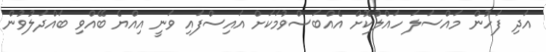
އަދި ފަހުން މައްސަލަ ހައްލުކޮށް އެއްބަސްވުމަކަށް އައިސްފައި ވަނީ އިއްޔެ ބޭއްވި ބައްދަލުވުން